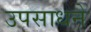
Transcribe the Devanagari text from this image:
उपसाधने